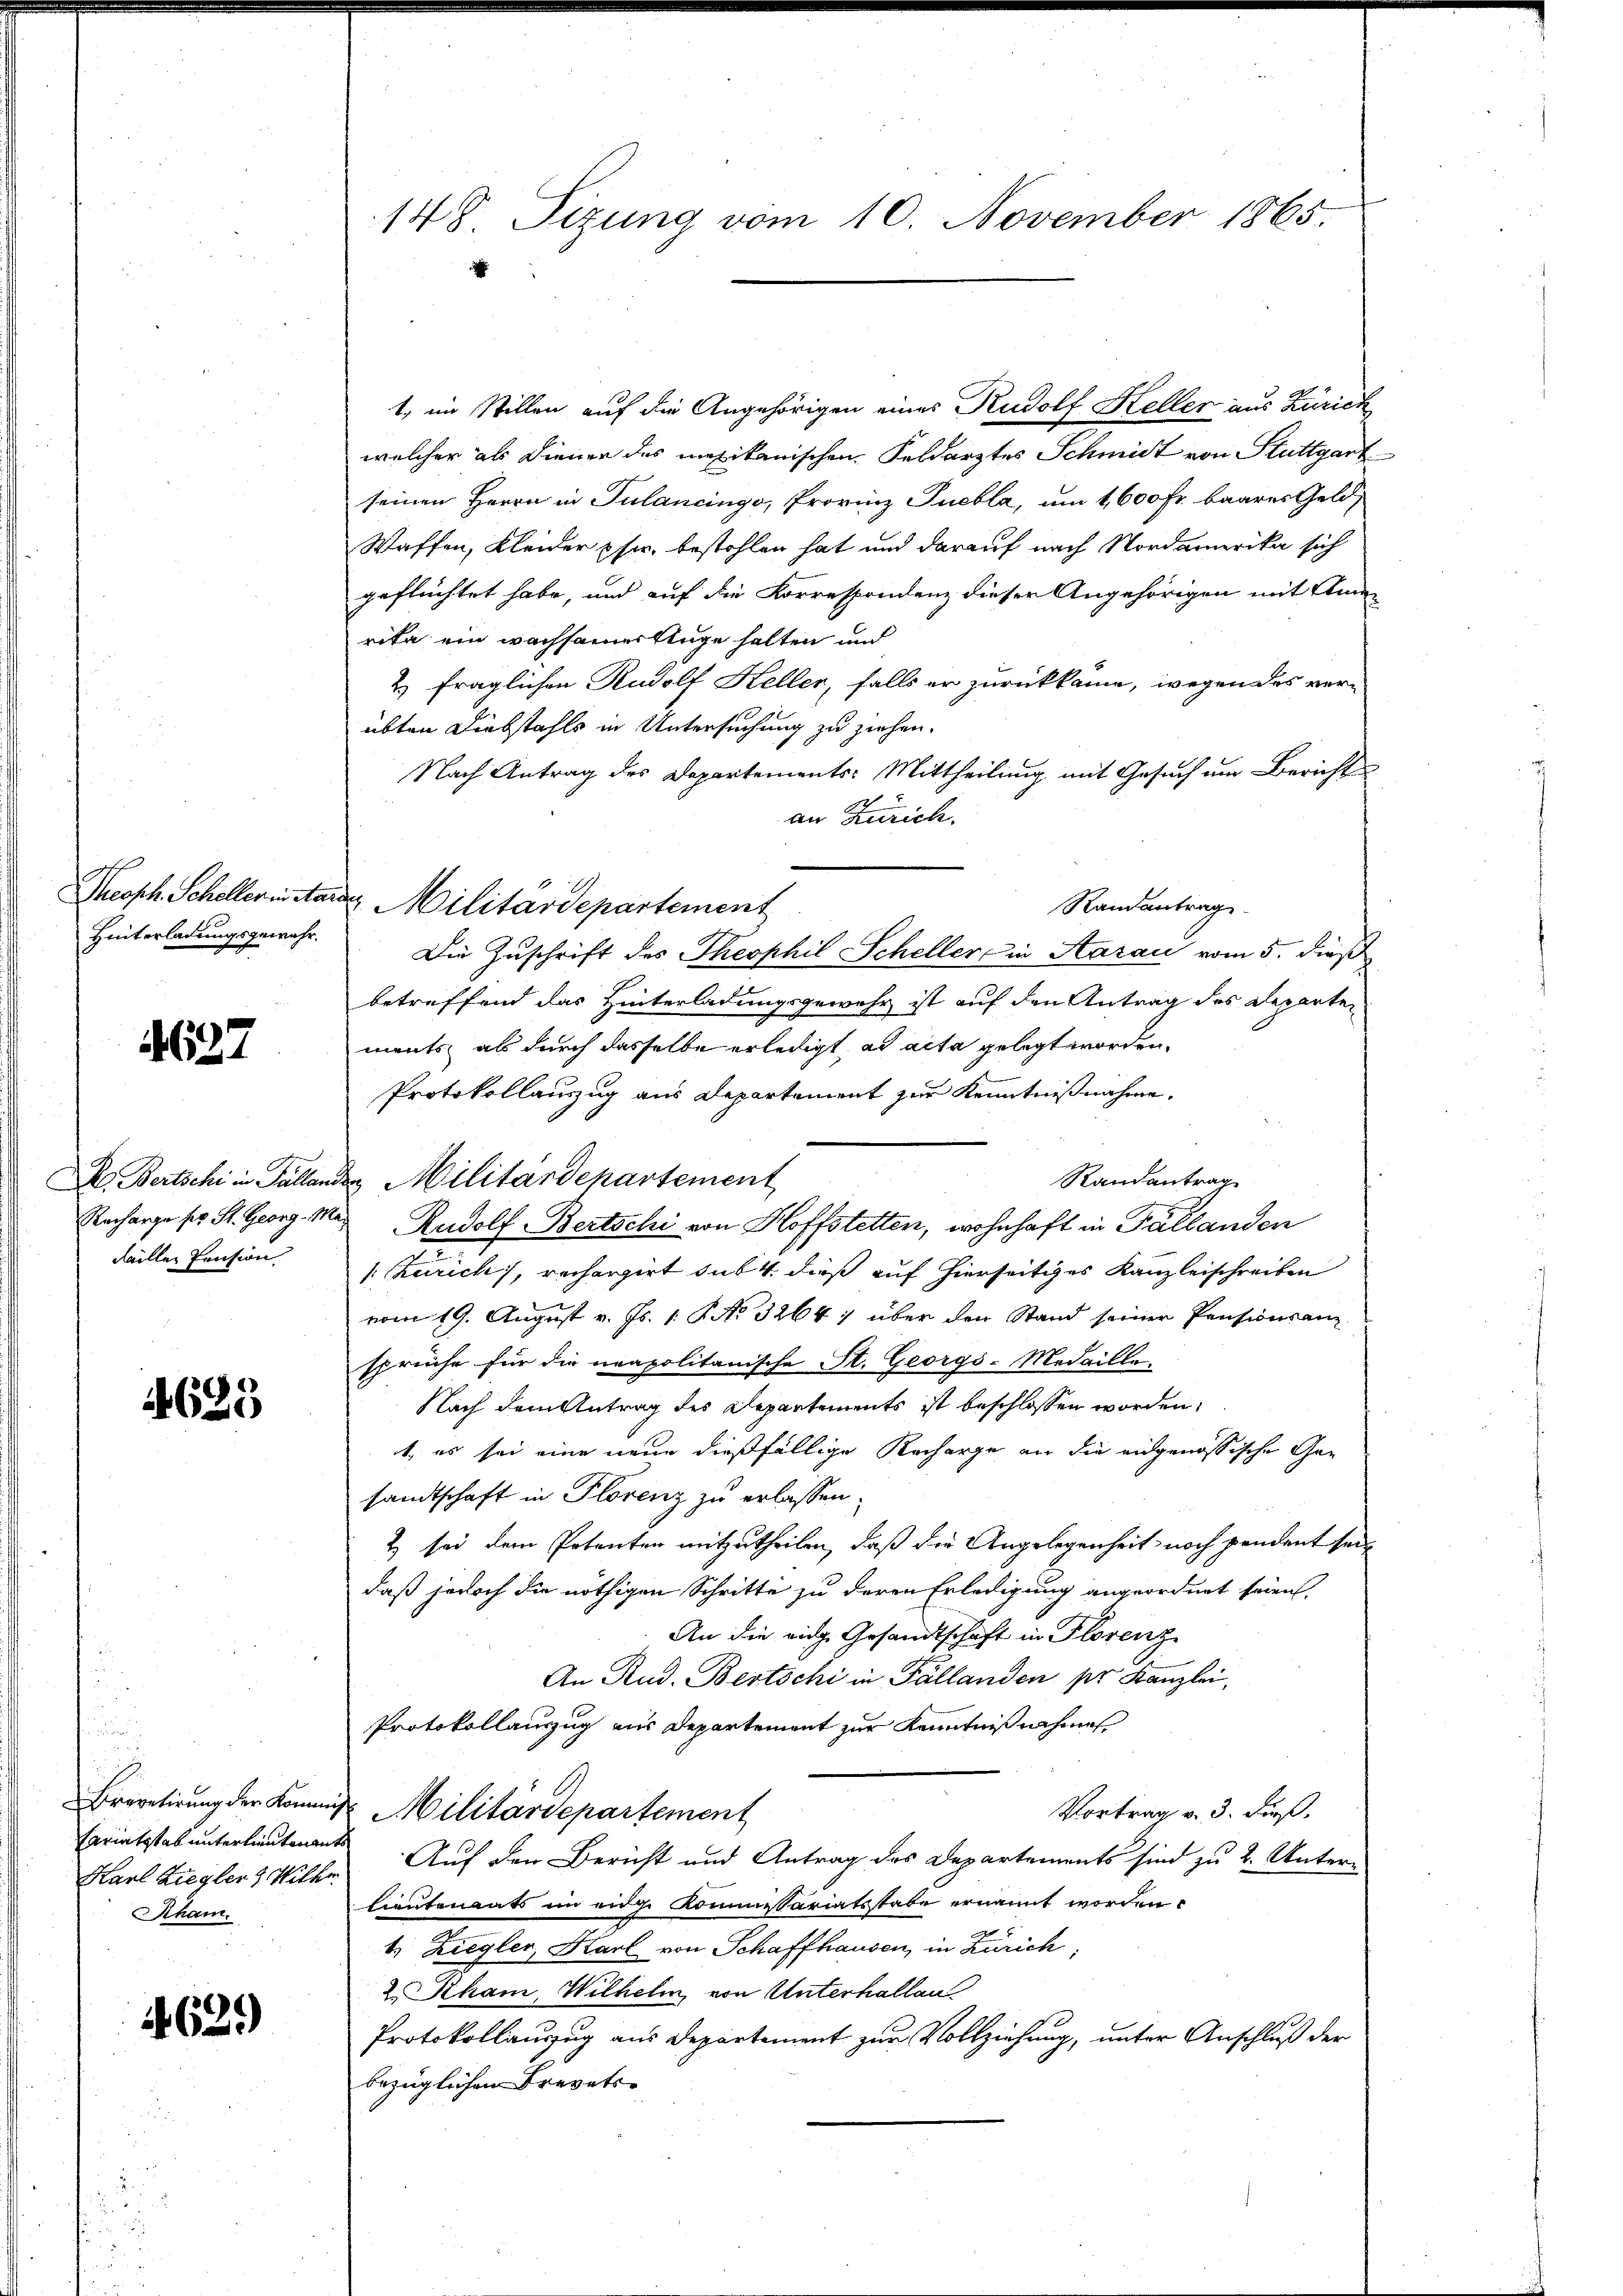
Hinterladungsgewahr,

4637

Faillen Pension

4625

Fariatsstab unterlieutenants
ham.

4629)

148. Sizung vom 10. November 1865.

1, im Stillen auf die Angehörigen eines Rudolf Heller aus Zürich
welcher als Diener des mexikanischen Feldarztes Schmidt von Stuttgart
seinen Herrn in Tulancingo, Provinz Puebla, um 1,600 fr. baares Geld,
Waffen, Kleider pfer, bestohlen hat und darauf nach Nordamerika sich
geflüchtet habe, und auf die Korrespondenz dieser Angehörigen mit Anna
rika ein wachsamer kluge halten und
2) fraglichen Rudolf Keller, falls er zurückkame, wegen des verübten Diebstahls in Untersuchung zu ziehen.
Nach Antrag des Departements-Mittheilung mit Gesuch um Bericht
an Zürich.
Randantrag
Die Zuschrift des Theophil Scheller in Aarau vom 5. dieß
betreffend das Hinterladungsgewehr ist auf den Antrag des Reparten
ments, als durch dasselbe erledigt, ad acta gelegt worden.
Protokollanzug aus Departement zur Kenntnißnahme.
Randantrag
A. Bertschi in Fällanden Militärdepartement
Recharge pr. St. Georg. Mai Rudolf Bertschi von Hoffstetten, wohnhaft in Fällanden
Zürich), rechergirt sub 4. dieß auf hierseitiges Kanzleischreiben
vom 19. August v. Js. v. P. No. 3264) über den Stand seiner Pensionsan
sprüche für die neapolitanische St. Georgs-Medaille-
Nach dem Antrag des Departements ist beschlossen worden,
t, es sei eine neue dießfällige Recharge an die eidgenössische Gen
sandtschaft in Florenz zu erlassen.
2) sei dem Petenten mitzutheilen, daß die Angelegenheit noch pendent seidaß jedoch die nöthigen Schritte zu deren Erledigung angeordnet seien,
An die eidge Gesandtschaft in Florenz
An Rud. Bertschi in Fällanden ser Kanzlei,
Protokollauszug aus Departement zur Kenntnißnahme
Brevetirung der Kommis Militärdepartement
Vortrag v. 3. dieß.
Karl Zieglers Wille Auf den Bericht und Antrag des Departements sind zu 2. Unter-
Lieutenants im eidge Kommissariatsstabe ernannt worden.
t. Ziegler, Karl von Schaffhausen, in Zürich,
2 Kham, Wilhelm von Unterhallen
Protokollauszug aus Departement zur Vollziehung, unter Anschluß der
bezüglichen Brevets¬

Theoph. Schellerinstand, Militärdepartement